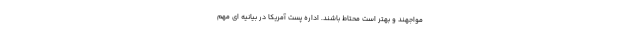
مواجهند و بهتر است محتاط باشند. اداره پست آمریکا در بیانیه ای مهم